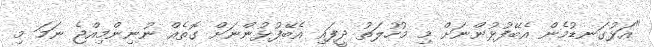
"އަޅުގަނޑުމެން އެބޭފުޅުންނަށް މި މުހުލަތު ދީފައި އެބޭފުޅުންނަށް ގޮތެއް ނުނިންމިއްޖެ ނަމަ މި